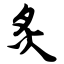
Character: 炙